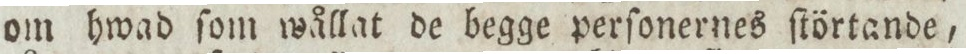
om hwad ſom wållat de begge perſonernes ſtörtande,